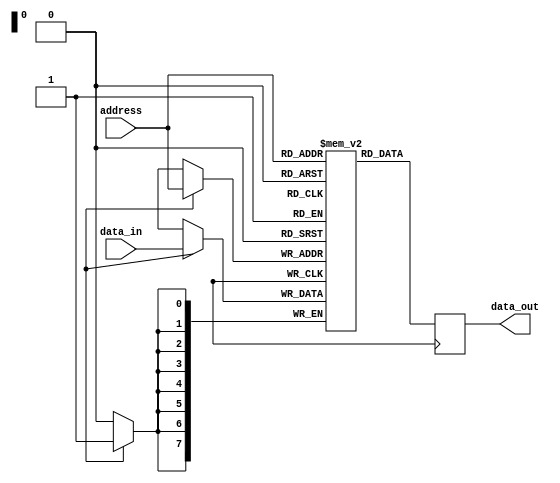
module PROM (
    input wire [N-1:0] address,
    input wire [M-1:0] data_in,
    output reg [M-1:0] data_out
);
    
parameter N = 8; // Number of address bits
parameter M = 8; // Number of data bits
parameter MEM_SIZE = 2**N; // Total number of memory cells

reg [M-1:0] memory [0:MEM_SIZE-1]; // Memory array

always @ (posedge clk) begin
    if (write_en) begin
        memory[address] <= data_in;
    end
    data_out <= memory[address];
end

endmodule